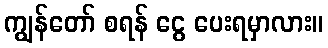
ကျွန်တော် စရန် ငွေ ပေးရမှာလား။